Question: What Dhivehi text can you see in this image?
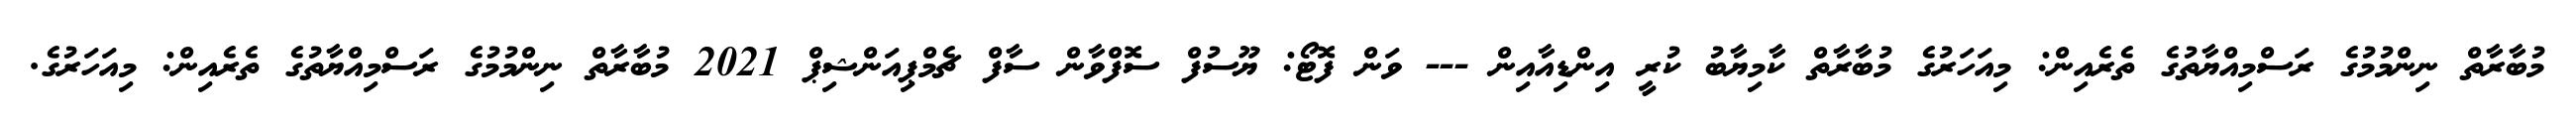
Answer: މުބާރާތް ނިންމުމުގެ ރަސްމިއްޔާތުގެ ތެރެއިން: މިއަހަރުގެ މުބާރާތް ކާމިޔާބު ކުރީ އިންޑިއާއިން --- ވަން ފޮޓޯ: ޔޫސުފް ސޮފްވާން ސާފް ޗެމްޕިއަންޝިޕް 2021 މުބާރާތް ނިންމުމުގެ ރަސްމިއްޔާތުގެ ތެރެއިން: މިއަހަރުގެ.